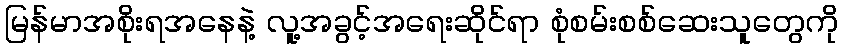
မြန်မာအစိုးရအနေနဲ့ လူ့အခွင့်အရေးဆိုင်ရာ စုံစမ်းစစ်ဆေးသူတွေကို